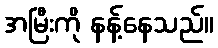
အမြီးကို နန့်နေသည်။